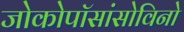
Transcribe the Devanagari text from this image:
जोकोपॉसांसोविनो